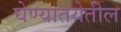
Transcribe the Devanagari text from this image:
घेण्यातयेतील